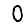
Digit: 0